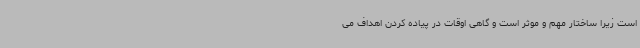
است زیرا ساختار مهم و موثر است و گاهی اوقات در پیاده کردن اهداف می